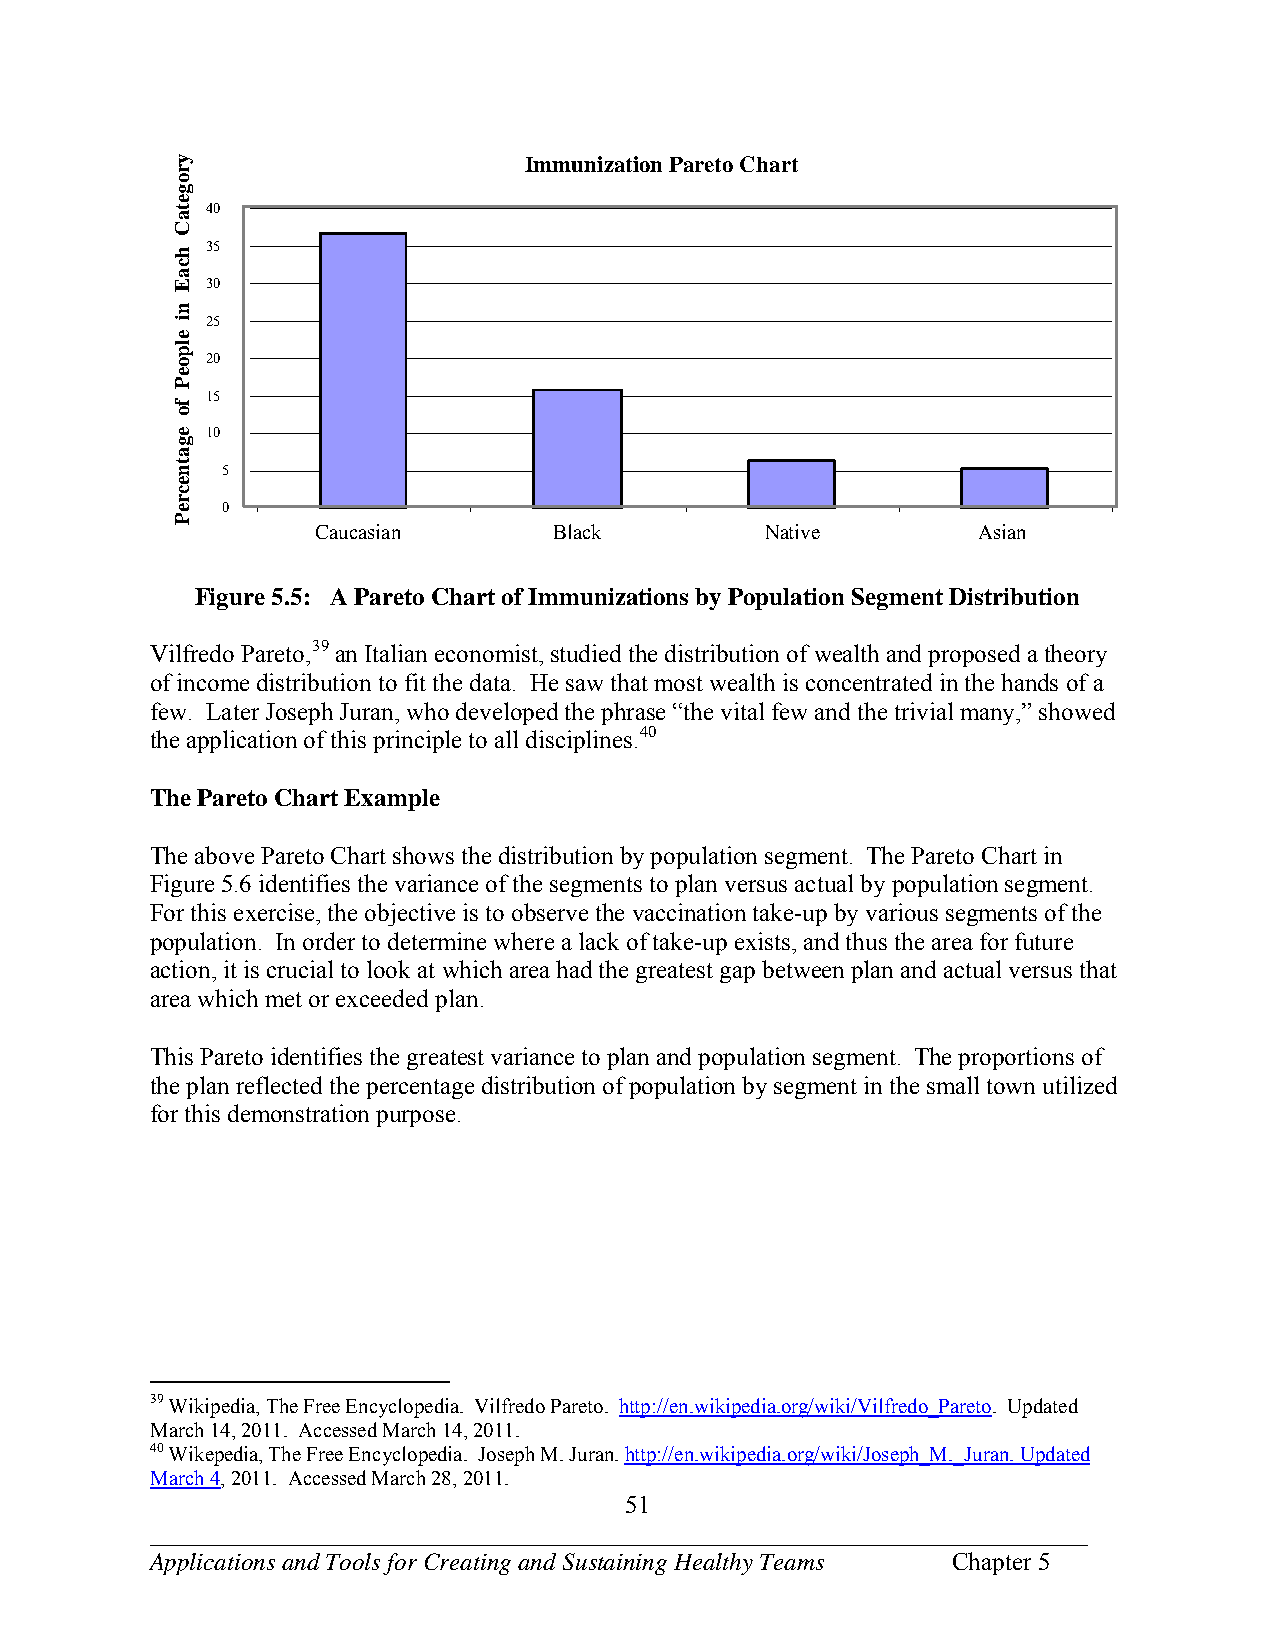
Immunization Pareto Chart
 40
 35
 30
 25
 20
 15
 10
 5
 0
 Caucasian       Black         Native        Asian
 Figure 5.5: A Pareto Chart of Immunizations by Population Segment Distribution
 Vilfredo Pareto,39 an Italian economist, studied the distribution of wealth and proposed a theory
 of income distribution to fit the data. He saw that most wealth is concentrated in the hands of a
 few. Later Joseph Juran, who developed the phrase “the vital few and the trivial many,” showed
 the application of this principle to all disciplines.40
 The Pareto Chart Example
 The above Pareto Chart shows the distribution by population segment. The Pareto Chart in
 Figure 5.6 identifies the variance of the segments to plan versus actual by population segment.
 For this exercise, the objective is to observe the vaccination take-up by various segments of the
 population. In order to determine where a lack of take-up exists, and thus the area for future
 action, it is crucial to look at which area had the greatest gap between plan and actual versus that
 area which met or exceeded plan.
 This Pareto identifies the greatest variance to plan and population segment. The proportions of
 the plan reflected the percentage distribution of population by segment in the small town utilized
 for this demonstration purpose.
 39 Wikipedia, The Free Encyclopedia. Vilfredo Pareto. http://en.wikipedia.org/wiki/Vilfredo_Pareto. Updated
 March 14, 2011. Accessed March 14, 2011.
 40 Wikepedia, The Free Encyclopedia. Joseph M. Juran. http://en.wikipedia.org/wiki/Joseph_M._Juran. Updated
 March 4, 2011. Accessed March 28, 2011.
 51
 ___________________________________________________________________________
 Applications and Tools for Creating and Sustaining Healthy Teams Chapter 5
 yrogetaC
 hcaE
 ni
 elpoeP
 fo
 egatnecreP